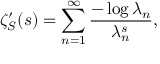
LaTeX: \zeta _ { S } ^ { \prime } ( s ) = \sum _ { n = 1 } ^ { \infty } { \frac { - \log \lambda _ { n } } { \lambda _ { n } ^ { s } } } ,